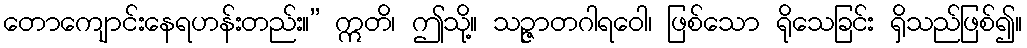
တောကျောင်းနေရဟန်းတည်း။” ဣတိ၊ ဤသို့။ သဉ္ဇာတဂါရဝေါ၊ ဖြစ်သော ရိုသေခြင်း ရှိသည်ဖြစ်၍။